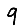
Digit: 9